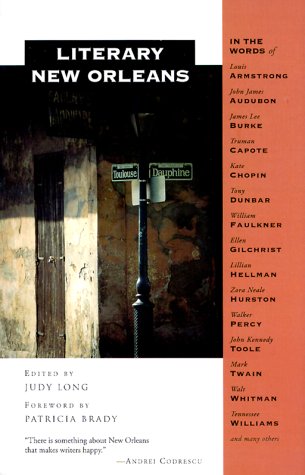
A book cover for Literary New Orleans; Judy Long; Travel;